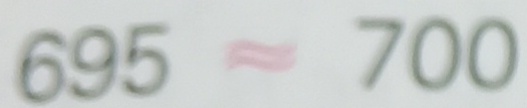
6 9 5 \approx 7 0 0